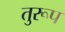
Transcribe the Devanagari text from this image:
तुरूप